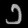
Digit: ၁